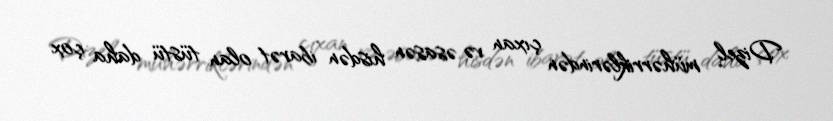
Dizel mühərriklərindən çıxan və əsasən hisdən ibarət olan tüstü daha çox